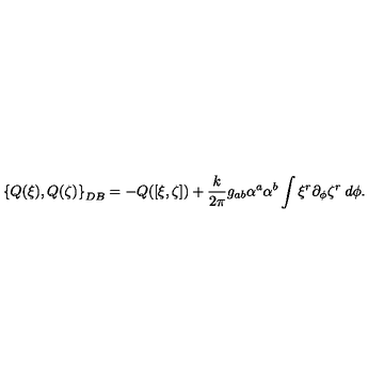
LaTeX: \left\{ Q ( \xi ) , Q ( \zeta ) \right\} _ { D B } = - Q ( [ \xi , \zeta ] ) + { \frac { k } { 2 \pi } } g _ { a b } \alpha ^ { a } \alpha ^ { b } \int \xi ^ { r } \partial _ { \phi } \zeta ^ { r } \: d \phi .